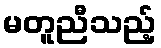
မတူညီသည့်